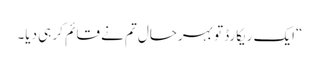
“ایک ریکارڈ تو بہرحال تم نے قائم کر ہی دیا۔